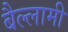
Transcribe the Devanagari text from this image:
बैल्लामी